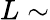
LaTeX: L\sim